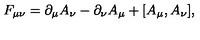
F _ { \mu \nu } = \partial _ { \mu } A _ { \nu } - \partial _ { \nu } A _ { \mu } + [ A _ { \mu } , A _ { \nu } ] ,